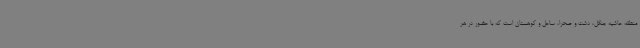
منطقه حاشیه جنگل، دشت و صحرا، ساحل و کوهستان است که با حضور در هر